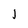
Character: 1